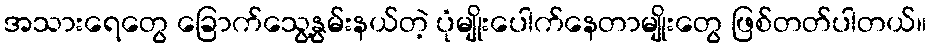
အသားရေတွေ ခြောက်သွေ့နွမ်းနယ်တဲ့ ပုံမျိုးပေါက်နေတာမျိုးတွေ ဖြစ်တတ်ပါတယ်။